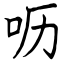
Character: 呖